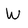
Character: W